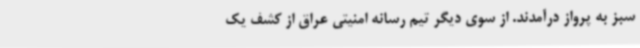
سبز به پرواز درآمدند. از سوی دیگر تیم رسانه امنیتی عراق از کشف یک